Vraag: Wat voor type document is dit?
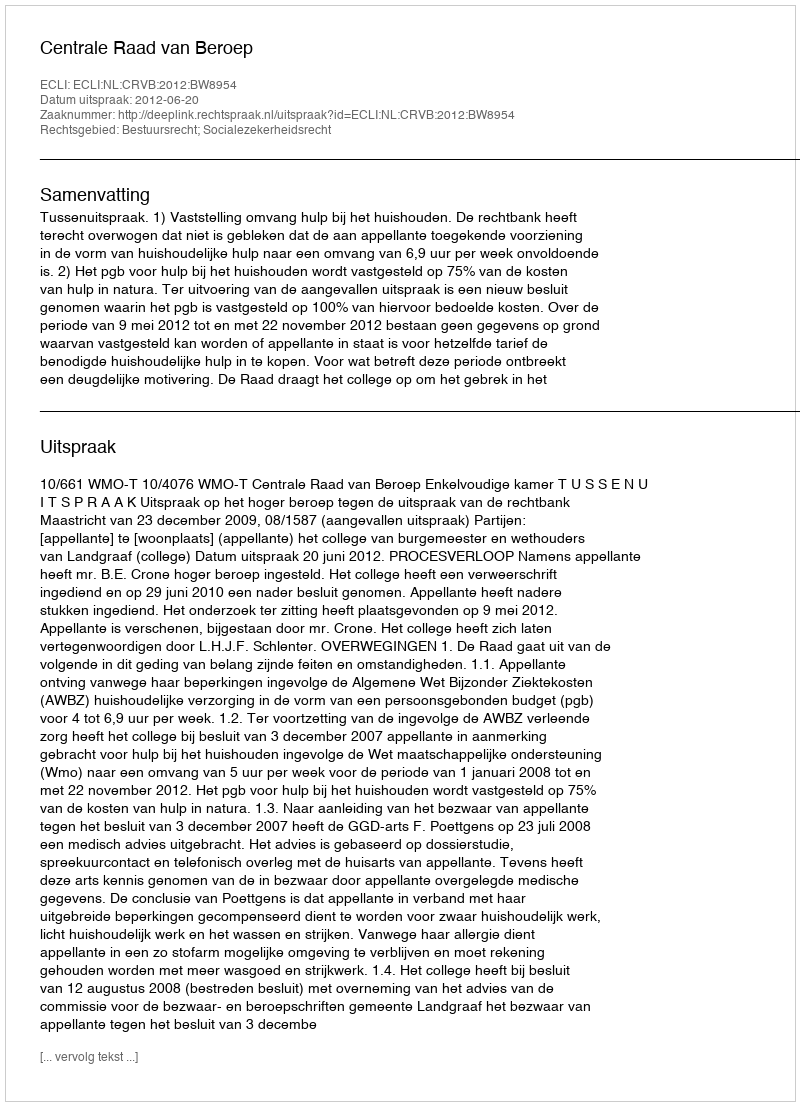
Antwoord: Uitspraak